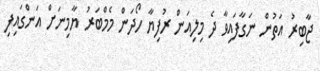
ޖާބިރު އަތުން ނަގާފައިވާ ދެ މިލިއަން ރުފިޔާ ހޯދަން މެމްބަރު ޔާމިނަށް އަންގައިފި